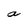
Character: a